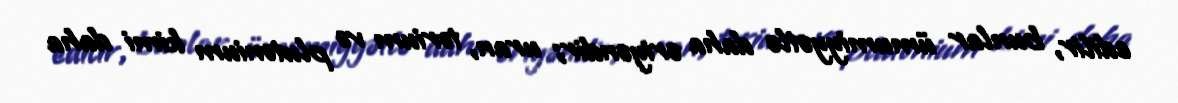
edilir, bunlar ümumiyyətlə daha əriyəndir; uran, torium və plutonium kimi daha